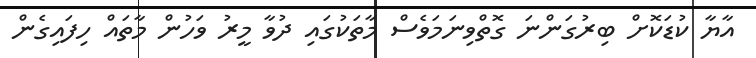
އާޔާ ކުޑަކޮށް ބިރުގަންނަ ގޮތްވިނަމަވެސް މާތަކުގައި ދުވާ މީރު ވަހުން މާތައް ހިފައިގެން